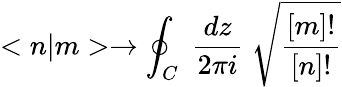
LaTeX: <n|m>\rightarrow\oint_{C}\; \frac{dz}{2\pi i}\; \sqrt{\frac{[m]!}{[n]!}}